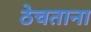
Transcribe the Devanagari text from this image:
ठेचताना